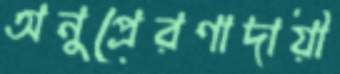
অনুপ্রেরণাদায়ী